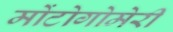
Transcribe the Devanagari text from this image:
मोंटोगोमेरी